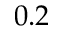
0 . 2